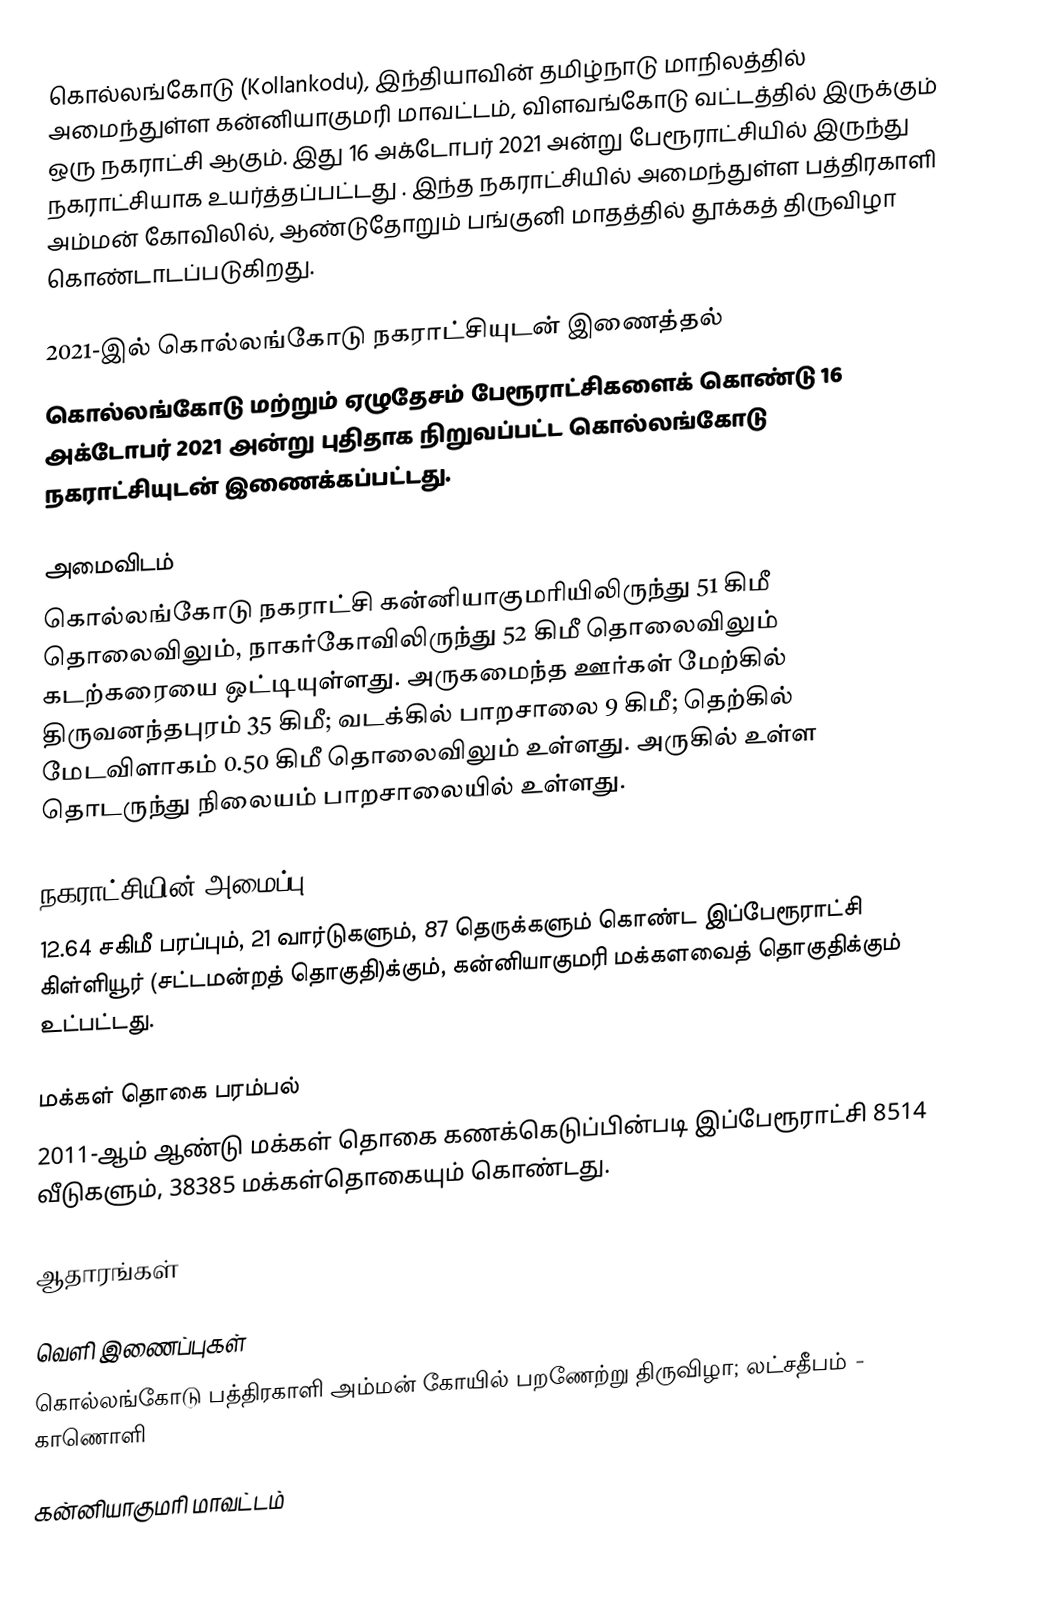
கொல்லங்கோடு (Kollankodu), இந்தியாவின் தமிழ்நாடு மாநிலத்தில் அமைந்துள்ள கன்னியாகுமரி மாவட்டம், விளவங்கோடு வட்டத்தில் இருக்கும் ஒரு நகராட்சி ஆகும். இது 16 அக்டோபர் 2021 அன்று பேரூராட்சியில் இருந்து நகராட்சியாக உயர்த்தப்பட்டது . இந்த நகராட்சியில் அமைந்துள்ள பத்திரகாளி அம்மன் கோவிலில், ஆண்டுதோறும் பங்குனி மாதத்தில் தூக்கத் திருவிழா கொண்டாடப்படுகிறது.

2021-இல் கொல்லங்கோடு நகராட்சியுடன் இணைத்தல்
கொல்லங்கோடு மற்றும் ஏழுதேசம் பேரூராட்சிகளைக் கொண்டு 16 அக்டோபர் 2021 அன்று  புதிதாக நிறுவப்பட்ட கொல்லங்கோடு நகராட்சியுடன் இணைக்கப்பட்டது.

அமைவிடம்
கொல்லங்கோடு நகராட்சி கன்னியாகுமரியிலிருந்து 51 கிமீ தொலைவிலும், நாகர்கோவிலிருந்து 52 கிமீ தொலைவிலும் கடற்கரையை ஒட்டியுள்ளது. அருகமைந்த ஊர்கள் மேற்கில் திருவனந்தபுரம் 35 கிமீ; வடக்கில்  பாறசாலை 9 கிமீ; தெற்கில் மேடவிளாகம் 0.50 கிமீ தொலைவிலும் உள்ளது. அருகில் உள்ள தொடருந்து நிலையம் பாறசாலையில் உள்ளது.

நகராட்சியின் அமைப்பு
12.64 சகிமீ பரப்பும்,  21 வார்டுகளும், 87 தெருக்களும் கொண்ட இப்பேரூராட்சி  கிள்ளியூர் (சட்டமன்றத் தொகுதி)க்கும், கன்னியாகுமரி மக்களவைத் தொகுதிக்கும் உட்பட்டது.

மக்கள் தொகை பரம்பல்
2011-ஆம் ஆண்டு மக்கள் தொகை கணக்கெடுப்பின்படி  இப்பேரூராட்சி                                8514 வீடுகளும், 38385 மக்கள்தொகையும் கொண்டது.

ஆதாரங்கள்

வெளி இணைப்புகள்
  கொல்லங்கோடு பத்திரகாளி அம்மன் கோயில் பறணேற்று திருவிழா; லட்சதீபம் - காணொளி

கன்னியாகுமரி மாவட்டம்